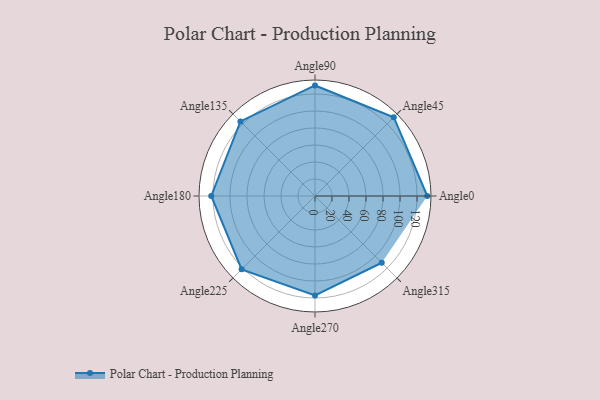
{"axis": {"x": "Angle", "y": "Radius"}, "legend": [""], "data": [{"x": "Angle0", "y": 132.0, "type": ""}, {"x": "Angle45", "y": 131.0, "type": ""}, {"x": "Angle90", "y": 130.0, "type": ""}, {"x": "Angle135", "y": 124.0, "type": ""}, {"x": "Angle180", "y": 122.0, "type": ""}, {"x": "Angle225", "y": 122.0, "type": ""}, {"x": "Angle270", "y": 117.0, "type": ""}, {"x": "Angle315", "y": 111.0, "type": ""}]}